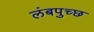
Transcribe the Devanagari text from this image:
लंबपुच्छ